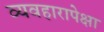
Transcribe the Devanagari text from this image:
व्यवहारापेक्षा